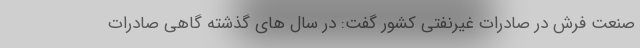
صنعت فرش در صادرات غیرنفتی کشور گفت: در سال های گذشته گاهی صادرات